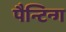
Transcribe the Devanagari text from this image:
पैन्टिन्ग